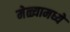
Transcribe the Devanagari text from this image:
मेळ्यामध्ये